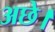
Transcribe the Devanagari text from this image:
अछे।